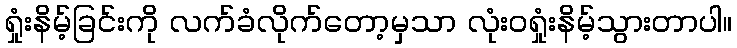
ရှုံးနိမ့်ခြင်းကို လက်ခံလိုက်တော့မှသာ လုံးဝရှုံးနိမ့်သွားတာပါ။